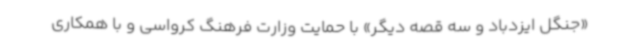
«جنگل ایزدباد و سه قصه دیگر» با حمایت وزارت فرهنگ کرواسی و با همکاری